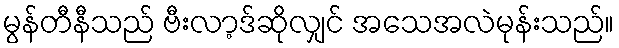
မွန်တီနီသည် ဗီးလာ့ဒ်ဆိုလျှင် အသေအလဲမုန်းသည်။